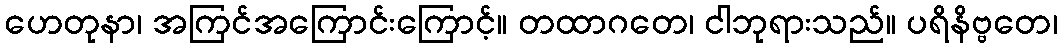
ဟေတုနာ၊ အကြင်အကြောင်းကြောင့်။ တထာဂတေ၊ ငါဘုရားသည်။ ပရိနိဗ္ဗတေ၊